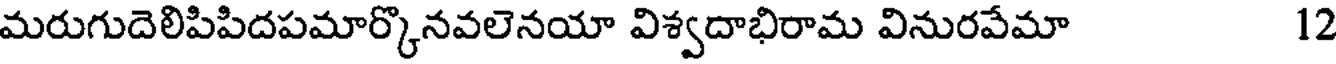
మరుగుదెలిపిపిదపమార్కొనవలెనయా విశ్వదాభిరామ వినురవేమా 12